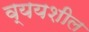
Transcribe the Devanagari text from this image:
व्ययशील